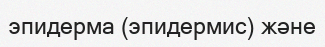
эпидерма (эпидермис) және